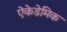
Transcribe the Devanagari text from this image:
ऐकेडेमिक